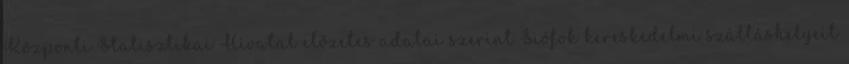
Központi Statisztikai Hivatal előzetes adatai szerint Siófok kereskedelmi szálláshelyeit